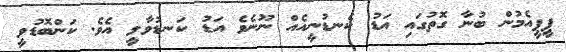
ޕީޕީއެމުން ބުނާ ގޮތުގައި އަޑު ކެނޑުނީއެއް ނޫނެވެ އަޑު ކަނޑުވާލީ އެވެ. ކަންބޮޑުވީ